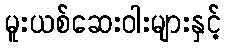
မူးယစ်ဆေးဝါးများနှင့်